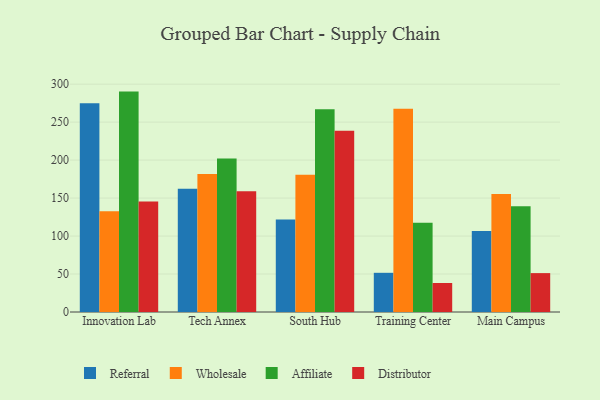
{"axis": {"x": "Campus", "y": "Revenue (USD Million)"}, "legend": ["Affiliate", "Distributor", "Referral", "Wholesale"], "data": [{"x": "Innovation Lab", "y": 274.9, "type": "Referral"}, {"x": "Innovation Lab", "y": 132.6, "type": "Wholesale"}, {"x": "Innovation Lab", "y": 290.2, "type": "Affiliate"}, {"x": "Innovation Lab", "y": 145.5, "type": "Distributor"}, {"x": "Tech Annex", "y": 162.4, "type": "Referral"}, {"x": "Tech Annex", "y": 181.8, "type": "Wholesale"}, {"x": "Tech Annex", "y": 202.2, "type": "Affiliate"}, {"x": "Tech Annex", "y": 159.1, "type": "Distributor"}, {"x": "South Hub", "y": 121.7, "type": "Referral"}, {"x": "South Hub", "y": 180.7, "type": "Wholesale"}, {"x": "South Hub", "y": 267.0, "type": "Affiliate"}, {"x": "South Hub", "y": 238.5, "type": "Distributor"}, {"x": "Training Center", "y": 51.6, "type": "Referral"}, {"x": "Training Center", "y": 267.7, "type": "Wholesale"}, {"x": "Training Center", "y": 117.5, "type": "Affiliate"}, {"x": "Training Center", "y": 38.2, "type": "Distributor"}, {"x": "Main Campus", "y": 106.5, "type": "Referral"}, {"x": "Main Campus", "y": 155.4, "type": "Wholesale"}, {"x": "Main Campus", "y": 139.2, "type": "Affiliate"}, {"x": "Main Campus", "y": 51.2, "type": "Distributor"}]}